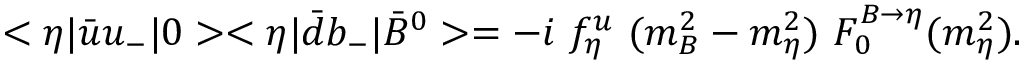
< \eta | \bar { u } u _ { - } | 0 > < \eta | \bar { d } b _ { - } | \bar { B } ^ { 0 } > = - i ~ f _ { \eta } ^ { u } ~ ( m _ { B } ^ { 2 } - m _ { \eta } ^ { 2 } ) ~ F _ { 0 } ^ { B \rightarrow \eta } ( m _ { \eta } ^ { 2 } ) .